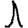
Digit: 1